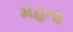
મહતા